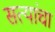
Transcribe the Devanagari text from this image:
सत्यांचा